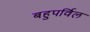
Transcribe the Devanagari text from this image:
बहुपर्विल